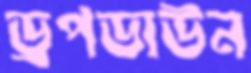
ড্রপডাউন